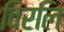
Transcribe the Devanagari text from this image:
विरलि